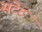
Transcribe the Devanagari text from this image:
सटेट